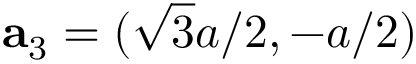
\mathbf { a } _ { 3 } = ( \sqrt { 3 } a / 2 , - a / 2 )